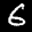
Label: 6